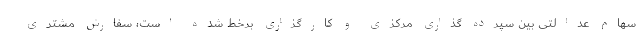
سهام عدالتی بین سپرده گذاری مرکزی و کارگزاری برخط شده است، سفارش مشتری